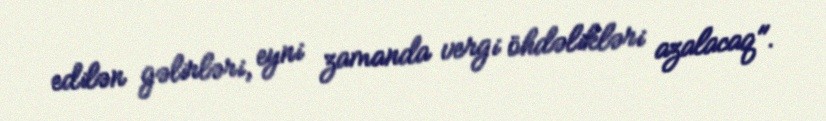
edilən gəlirləri, eyni zamanda vergi öhdəlikləri azalacaq".